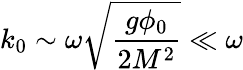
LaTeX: k_{0}\sim\omega\sqrt{\frac{g\phi_{0}}{2M^{2}}}\ll\omega